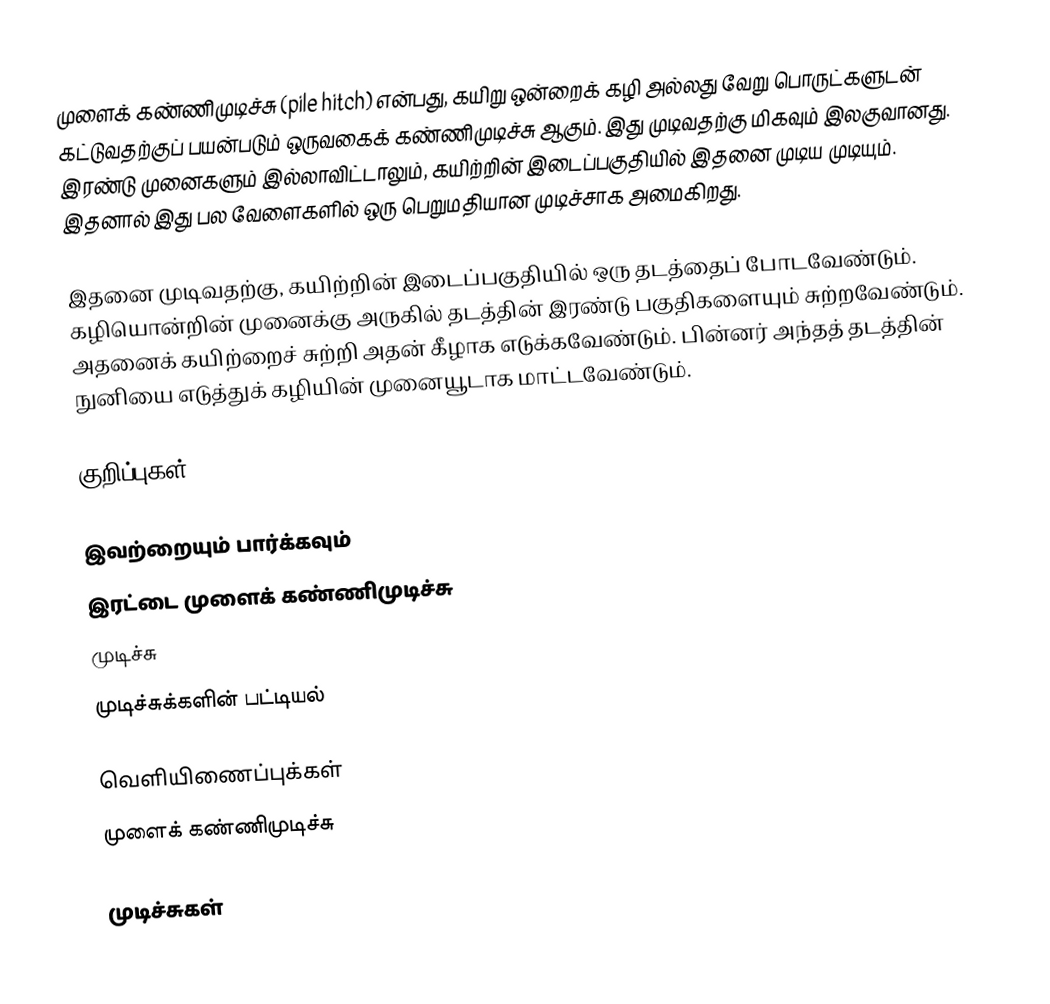
முளைக் கண்ணிமுடிச்சு (pile hitch) என்பது, கயிறு ஒன்றைக் கழி அல்லது வேறு பொருட்களுடன் கட்டுவதற்குப் பயன்படும் ஒருவகைக் கண்ணிமுடிச்சு ஆகும். இது முடிவதற்கு மிகவும் இலகுவானது. இரண்டு முனைகளும் இல்லாவிட்டாலும், கயிற்றின் இடைப்பகுதியில் இதனை முடிய முடியும். இதனால் இது பல வேளைகளில் ஒரு பெறுமதியான முடிச்சாக அமைகிறது.

இதனை முடிவதற்கு, கயிற்றின் இடைப்பகுதியில் ஒரு தடத்தைப் போடவேண்டும். கழியொன்றின் முனைக்கு அருகில் தடத்தின் இரண்டு பகுதிகளையும் சுற்றவேண்டும். அதனைக் கயிற்றைச் சுற்றி அதன் கீழாக எடுக்கவேண்டும். பின்னர் அந்தத் தடத்தின் நுனியை எடுத்துக் கழியின் முனையூடாக மாட்டவேண்டும்.

குறிப்புகள்

இவற்றையும் பார்க்கவும்
 இரட்டை முளைக் கண்ணிமுடிச்சு
 முடிச்சு
 முடிச்சுக்களின் பட்டியல்

வெளியிணைப்புக்கள்
 முளைக் கண்ணிமுடிச்சு

முடிச்சுகள்